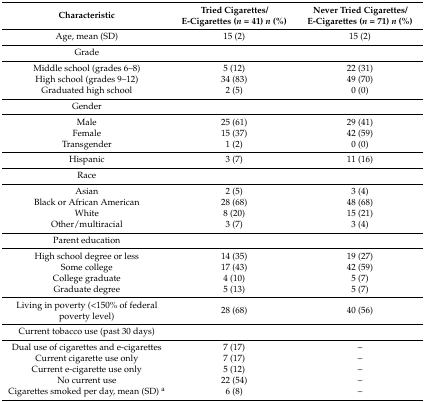
| Characteristic | Tried Cigarettes/E-Cigarettes (n = 41) n (%) | Never Tried Cigarettes/E-Cigarettes (n = 71) n (%) |
 | --- | --- | --- |
 | Age, mean (SD) | 15 (2) | 15 (2) |
 | Grade |  |  |
 | Middle school (grades 6–8) | 5 (12) | 22 (31) |
 | High school (grades 9–12) | 34 (83) | 49 (70) |
 | Graduated high school | 2 (5) | 0 (0) |
 | Gender |  |  |
 | Male | 25 (61) | 29 (41) |
 | Female | 15 (37) | 42 (59) |
 | Transgender | 1 (2) | 0 (0) |
 | Hispanic | 3 (7) | 11 (16) |
 | Race |  |  |
 | Asian | 2 (5) | 3 (4) |
 | Black or African American | 28 (68) | 48 (68) |
 | White | 8 (20) | 15 (21) |
 | Other/multiracial | 3 (7) | 3 (4) |
 | Parent education |  |  |
 | High school degree or less | 14 (35) | 19 (27) |
 | Some college | 17 (43) | 42 (59) |
 | College graduate | 4 (10) | 5 (7) |
 | Graduate degree | 5 (13) | 5 (7) |
 | Living in poverty (<150% of federal poverty level) | 28 (68) | 40 (56) |
 | Current tobacco use (past 30 days) |  |  |
 | Dual use of cigarettes and e-cigarettes | 7 (17) | – |
 | Current cigarette use only | 7 (17) | – |
 | Current e-cigarette use only | 5 (12) | – |
 | No current use | 22 (54) | – |
 | Cigarettes smoked per day, mean (SD) a | 6 (8) | – |